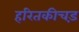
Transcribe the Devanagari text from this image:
हरितकीचड़